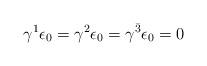
LaTeX: \begin{align*}\gamma^1 \epsilon_0 = \gamma^2 \epsilon_0 = \gamma^{\bar{3}} \epsilon_0 = 0 \end{align*}